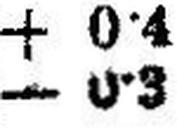
— 0•3